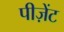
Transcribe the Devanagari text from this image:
पीज़ेंट